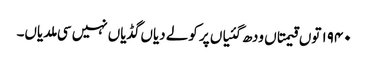
١٩٤٠ توں قیمتاں ودھ گئیاں پر کولے دیاں گڈیاں نہیں سی ملدیاں۔